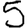
Digit: 5